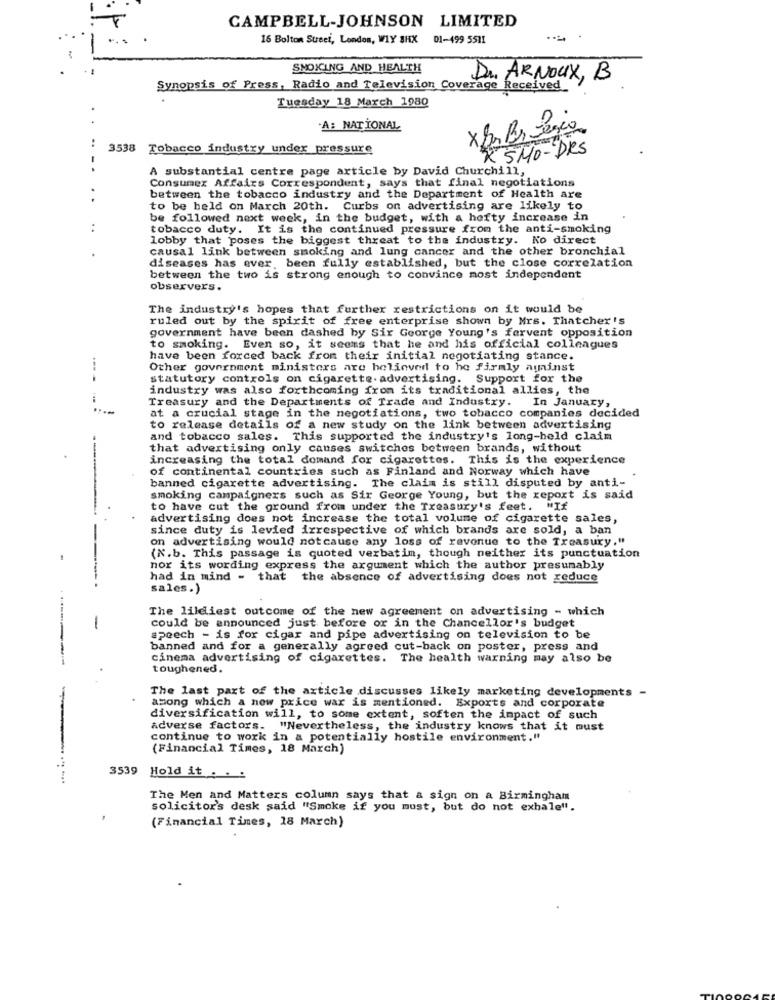
CAMPBELL-JOHNSON LIMITED
16 Bolton Sueei, London, WIY SHX 01-499 5511
SMOKING AND HEALTH
Dr. ARNOUX, B
Synopsis of Press, Radio and Television Coverage Received
Tuesday 18 March 1980
.
A: NATIONAL
5
3538 Tobacco industry under pressure
X SMO-DRS
A substantial centre page article by David Churchill,
Consumer Affairs Correspondent, says that final negotiations
between the tobacco industry and the Department of Health are
to be held on March 20th. Curbs on advertising are likely to
be followed next week, in the budget, with a hefty increase in
..
tobacco duty. It is the continued pressure from the anti-smoking
lobby that poses the biggest threat to the industry. No direct
causal link between smoking and lung cancer and the other bronchial
diseases has ever, been fully established, but the close correlation
between the two is strong enough to convince most independent
observers.
The industry's hopes that further restrictions on it would be
ruled out by the spirit of free enterprise shown by Mrs. Thatcher's
government have been dashed by Sir George Young's fervent opposition
to smoking. Even so, it seems that he and his official colleagues
have been forced back from their initial negotiating stance.
Other government ministers are heliover to he firmly against
----
statutory controls on cigarette- advertising. Support for the
industry was also forthcoming from its traditional allies, the
Treasury and the Departments of Trade and Industry. In January,
at a crucial stage in the negotiations, two tobacco companies decided
to release details of a new study on the link between advertising
and tobacco sales. This supported the industry's long-held claim
that advertising only causes switches between brands, without
increasing the total domand for cigarettes. This is the experience
of continental countries such as Finland and Norway which have
banned cigarette advertising. The claim is still disputed by anti-
smoking campaigners such as Sir George Young, but the xepoxt is said
to have cut the ground from under the Treasury's feet. "If
advertising does not increase the total volume of cigarette sales,
since duty is levied irrespective of which brands are sold, a ban
on advertising would notcause any loss of revenue to the Treasury,"
(N.b. This passage is quoted verbatim, though neither its punctuation
nor its wording express the argument which the author presumably
had in mind - that the absence of advertising does not reduce
sales.)
The lildiest outcome of the new agreement on advertising - which
could be announced just before or in the Chancellor's budget
-
speech - is for cigar and pipe advertising on television to be
banned and for a generally agreed cut-back on poster, press and
cinema advertising of cigarettes. The health warning may also be
toughened.
The last part of the article discusses likely marketing developments -
among which a new price war is mentioned. Exports and corporate
diversification will, to some extent, soften the impact of such
adverse factors. "Nevertheless, the industry knows that it must
continue to work in a potentially hostile environment."
(Financial Times, 18 March)
3539 Hold it . . :
The Men and Matters column says that a sign on a Birmingham
solicitor's desk said "Smoke if you must, but do not exhale".
(Financial Times, 18 March)
.